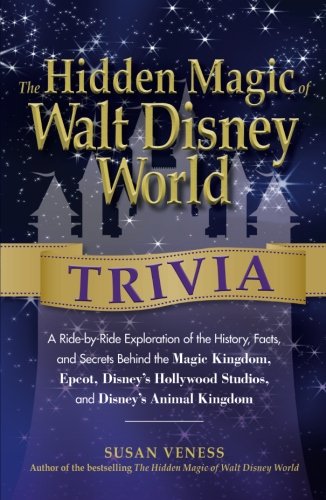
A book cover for The Hidden Magic of Walt Disney World Trivia: A Ride-by-Ride Exploration of the History, Facts, and Secrets Behind the Magic Kingdom, Epcot, Disney's Hollywood Studios, and Disney's Animal Kingdom; Susan Veness; Humor & Entertainment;